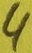
Text: 4